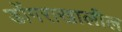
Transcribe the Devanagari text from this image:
डोंगराखालील